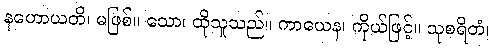
နဟောယတိ၊ မဖြစ်။ သော၊ ထိုသူသည်။ ကာယေန၊ ကိုယ်ဖြင့်။ သုစရိတံ၊